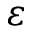
\varepsilon